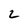
Character: 2